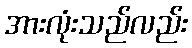
အားလုံးသည်လည်း